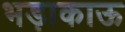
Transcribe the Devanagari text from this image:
भड़ाकाऊ